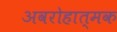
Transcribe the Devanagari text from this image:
अवरोहात्मक